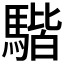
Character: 𩤠